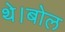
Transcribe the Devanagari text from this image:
थे।बोल